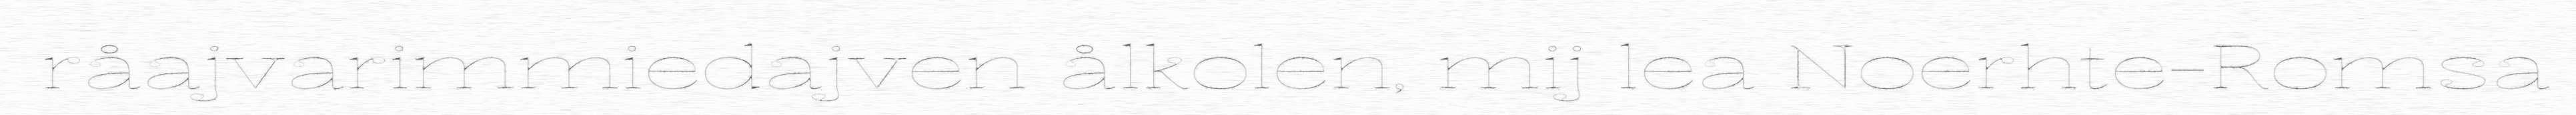
råajvarimmiedajven ålkolen, mij lea Noerhte-Romsa